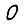
Digit: 0